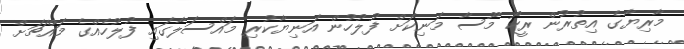
މާރިޔާގެ އިތުރުން ރީކޯ މޫސާ މަނިކަށް ފުލުހުން އަނިޔާކުރި މައްސަލާގައި ފުލުހެއްގެ މައްޗަށް